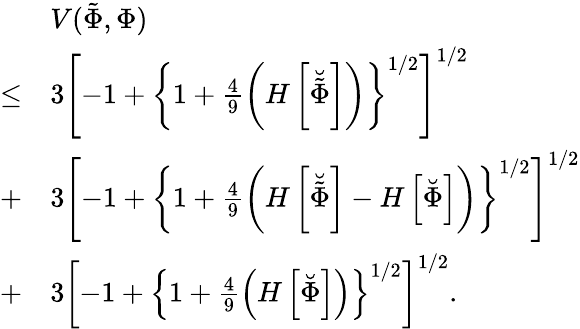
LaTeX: \begin{array}{rl}&{V(\tilde{\Phi},\Phi)}\\ {\leq}&{3\left[-1+\left\{ 1+\frac{4}{9}\left(H\left[\breve{\tilde{\Phi}}\right]\right)\right\} ^{1/2}\right]^{1/2}}\\ {+}&{3\left[-1+\left\{ 1+\frac{4}{9}\left(H\left[\breve{\tilde{\Phi}}\right]-H\left[\breve{\Phi}\right]\right)\right\} ^{1/2}\right]^{1/2}}\\ {+}&{3\left[-1+\left\{ 1+\frac{4}{9}\left(H\left[\breve{\Phi}\right]\right)\right\} ^{1/2}\right]^{1/2}.}\end{array}